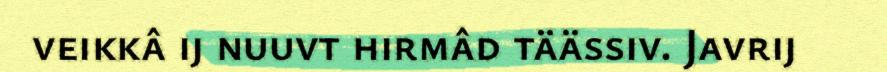
veikkâ ij nuuvt hirmâd täässiv. Javrij